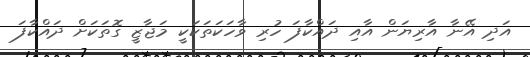
އަދި އޭނާ އާރިޔަން އާއި ދައްކާފަ ހުރި ވާހަަކަތަކަކީ މަޖާޒީ ގޮތަކަށް ދައްކާފަ